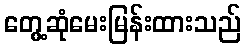
တွေ့ဆုံမေးမြန်းထားသည်